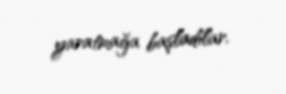
yaratmağa başladılar.